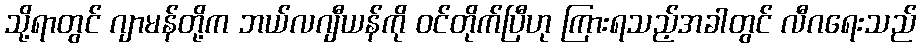
သို့ရာတွင် ဂျာမန်တို့က ဘယ်လဂျီယန်ကို ဝင်တိုက်ပြီဟု ကြားရသည့်အခါတွင် လီဂရေးသည်